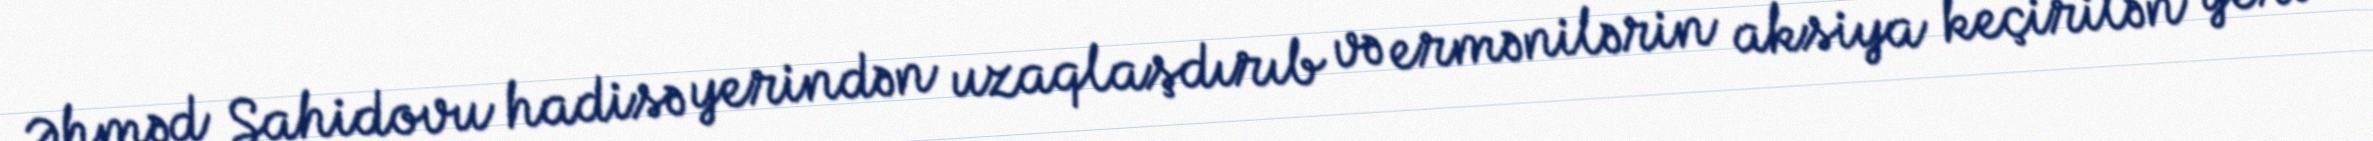
Əhməd Şahidovu hadisə yerindən uzaqlaşdırıb və ermənilərin aksiya keçirilən yeri